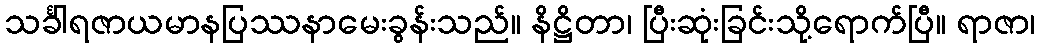
သင်္ခါရဇာယမာနပြဿနာမေးခွန်းသည်။ နိဋ္ဌိတာ၊ ပြီးဆုံးခြင်းသို့ရောက်ပြီ။ ရာဇာ၊